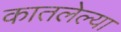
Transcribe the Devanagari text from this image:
कातलेल्या